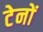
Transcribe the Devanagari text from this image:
टेनों